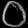
Digit: ၀